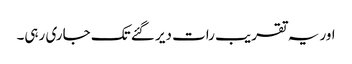
اور یہ تقریب رات دیر گئے تک جاری رہی۔